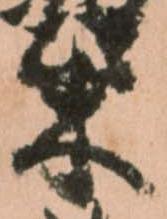
柴